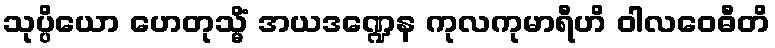
သုပ္ပိယော ဟေတုသ္မိံ အယဒဏ္ဍေန ကုလကုမာရီဟိ ဝါလဝေဓီတိ